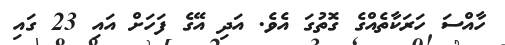
ހާއްސަ ހަރަކާތެއްގެ ގޮތުގަ އެވެ. އަދި އޭގެ ފަހަށް އައި 23 ގައި